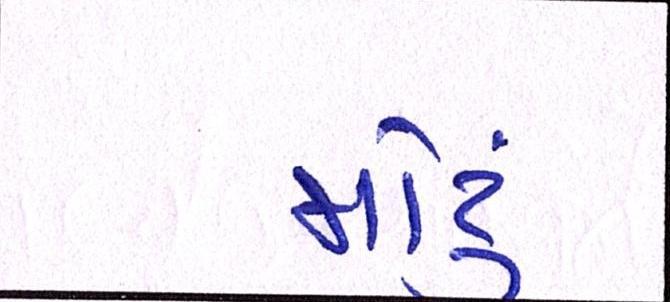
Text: મોટું